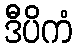
ဒီပိကံ